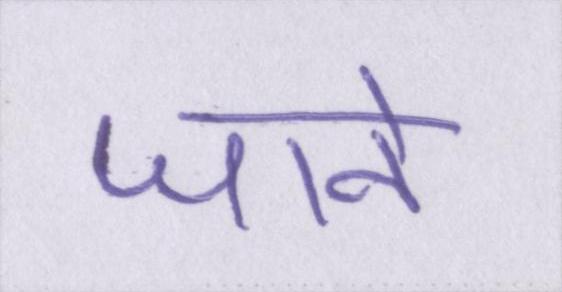
जाने